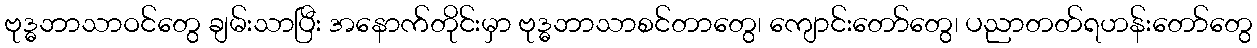
ဗုဒ္ဓဘာသာဝင်တွေ ချမ်းသာပြီး အနောက်တိုင်းမှာ ဗုဒ္ဓဘာသာစင်တာတွေ၊ ကျောင်းတော်တွေ၊ ပညာတတ်ရဟန်းတော်တွေ